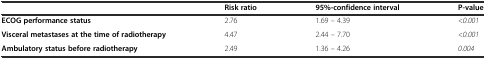
|  | Risk ratio | 95%-confidence interval | P-value |
 | --- | --- | --- | --- |
 | ECOG performance status | 2.76 | 1.69 – 4.39 | <0.001 |
 | Visceral metastases at the time of radiotherapy | 4.47 | 2.44 – 7.70 | <0.001 |
 | Ambulatory status before radiotherapy | 2.49 | 1.36 – 4.26 | 0.004 |